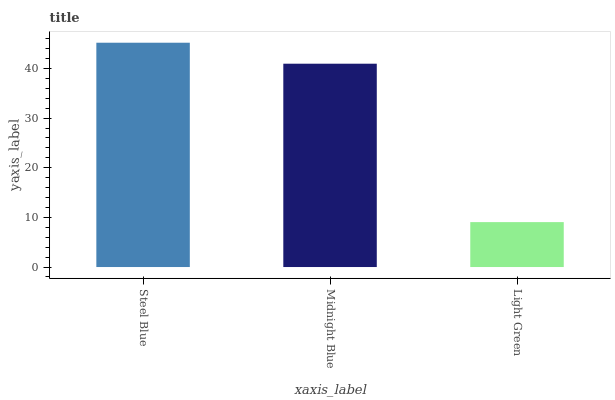
| xaxis_label | bars |
 | --- | --- |
 | Steel Blue | 45.2 |
 | Midnight Blue | 41 |
 | Light Green | 9.05 |